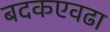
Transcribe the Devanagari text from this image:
बदकएवढा